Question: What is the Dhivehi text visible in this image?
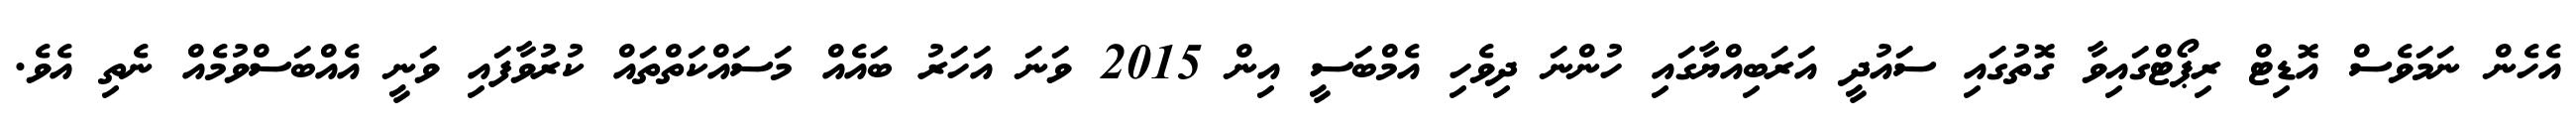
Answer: އެހެން ނަމަވެސް އޮޑިޓް ރިޕޯޓްގައިވާ ގޮތުގައި ސައުދީ އަރަބިއްޔާގައި ހުންނަ ދިވެހި އެމްބަސީ އިން 2015 ވަނަ އަހަރު ބައެއް މަސައްކަތްތައް ކުރުވާފައި ވަނީ އެއްބަސްވުމެއް ނެތި އެވެ.